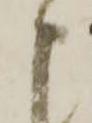
申